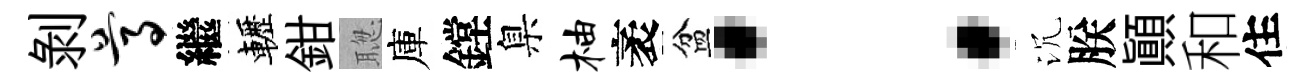
剝尊繼轣鉗聦庫鏜臬柚袤盆：沉朕顚和住